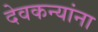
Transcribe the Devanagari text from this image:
देवकन्यांना